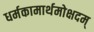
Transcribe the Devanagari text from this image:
धर्मकामार्थमोक्षदम्